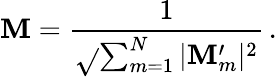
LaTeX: \mathbf{M}=\frac{{1}}{{\sqrt{}{{\sum_{m=1}^{N}|\mathbf{M}_{m}^{\prime}|^{2}}}}}\, .